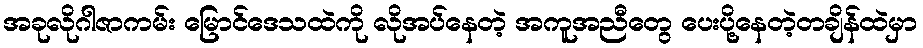
အခုလိုဂါဇာကမ်း မြောင်ဒေသထဲကို လိုအပ်နေတဲ့ အကူအညီတွေ ပေးပို့နေတဲ့တချိန်ထဲမှာ